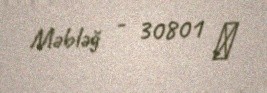
Məbləğ - 30801 ₼